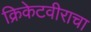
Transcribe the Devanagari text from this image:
क्रिकेटवीराचा